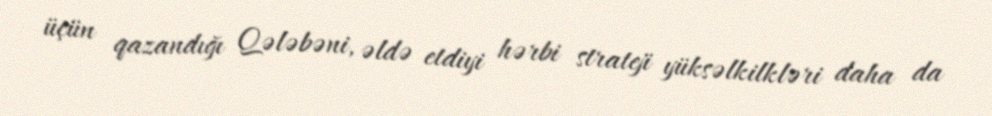
üçün qazandığı Qələbəni, əldə etdiyi hərbi strateji yüksəlkilkləri daha da